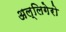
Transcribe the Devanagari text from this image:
अल्लिगेरो